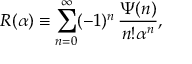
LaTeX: R ( \alpha ) \equiv \sum _ { n = 0 } ^ { \infty } ( - 1 ) ^ { n } \, \frac { \Psi ( n ) } { n ! \alpha ^ { n } } ,